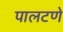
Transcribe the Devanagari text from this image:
पालटणे